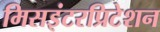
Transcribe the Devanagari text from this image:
मिसइंटरप्रिटेशन